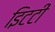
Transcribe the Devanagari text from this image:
इिटटी